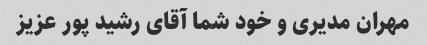
مهران مدیری و خود شما آقای رشید پور عزیز